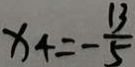
x _ { 4 } = - \frac { 1 3 } { 5 }